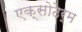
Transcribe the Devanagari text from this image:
एक्सोठेर्म